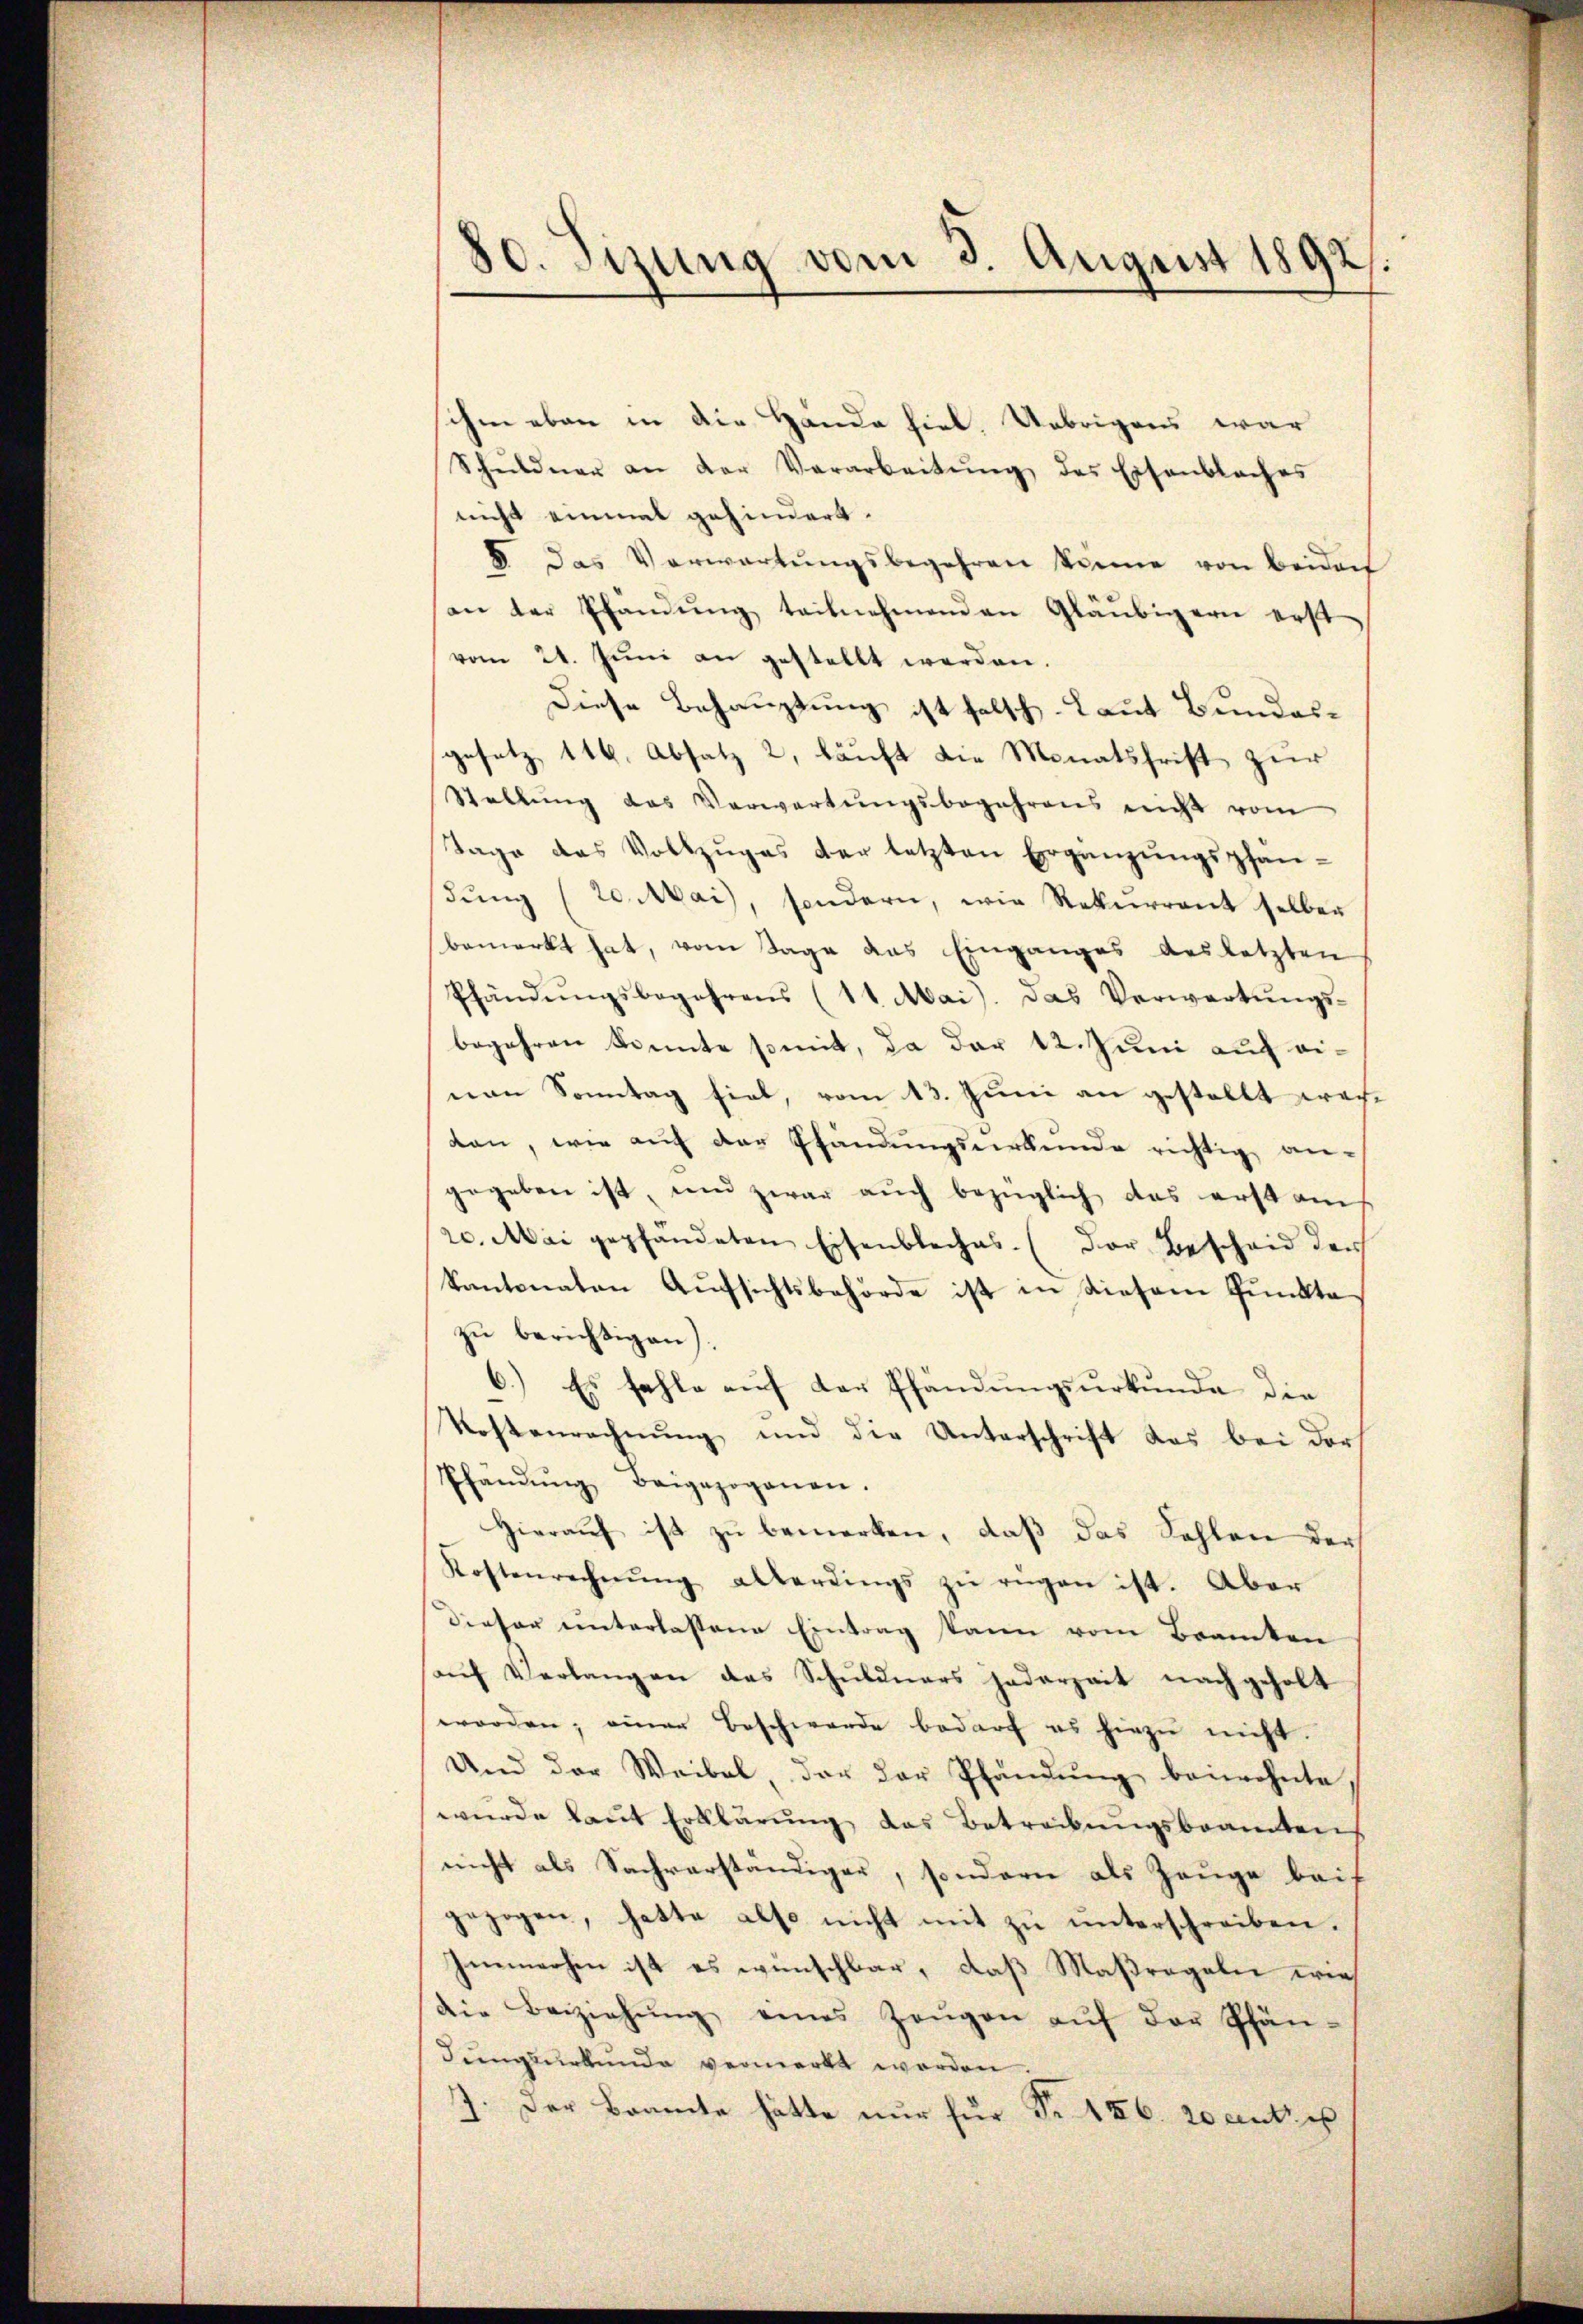
80. Sizung vom 3. August 1892.

ihen eben in die Hände hiel, Uebrigens war
Schŭldner an der Verarbeitŭng des Eisenbaches
nicht einmal gehindert.
8. Das Verwartungsbegehren könne von Beidech
an der Pfandŭng teilnehmenden Gläubigern erst
vom 21. Jŭni an gestellt werden.
Diese Behauptung ist falsch. Laut Bundesgesetz 116. Absatz 2, läuft die Monatsfrist zur
Stellŭng des Verwartungsbegehrens nicht vom
Tage das Vollzŭges der letzten Ergänzŭngspfän-
sŭng (20. Mai, sondern, wie Rekurrent selben
bemerkt hat, vom Tage das Einganges des letzten
Pfändŭngsbegehrens (11. Mai. das Verwartŭngs-
begehren könnte somit, da der 12. Juni auf einan Sonntag fiel, vom 13. Juni an gestellt wechdan, wie aŭf der Pfandŭngsurkunde richtig an.
gegeben ist, und zwar auch bezüglich das erst am
20. Mai gepfandeten Eisenbleches. (Der Bescheid der
kantonaten Aufsichtsbehörde ist in diesem Punkte
zu berichtigen).
6.) Es fehle auf der Pfändungsurkunde die
Kostenrechnung und die Unterschrift das bei der
Pfändung Beigezogenen.
Hieraŭf ist zŭ bemerken, daβ das Fehlen der
Kostenrechnŭng allerdings zŭ rügen ist. Aber
Dieser unterlassene Eintrag kann vom Beamten
aŭf Verlangen das Schŭldners jederzeit nachgeholt
worden; einer Beschwerde bedarf es hiezu nicht.
Und der Weibel, der der Pfandŭng beiwohnte
wŭrde laŭt Erklärŭng das Betreibŭngsbeamten
nicht als Sachverständiger, sondern als Zeuge bei
gezogen, hatte also nicht mit zŭ ŭnterschreiben.
Immerhin ist es wünschbar, daß Maßregeln wie
die Beiziehŭng eines Zeŭgen aŭf der Pfän-
dungsurkunde vermerkt worden.
7. Der Beamte hätte nur für Fr. 146. 20 ant: es